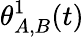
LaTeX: \theta_{A,B}^{1}(t)